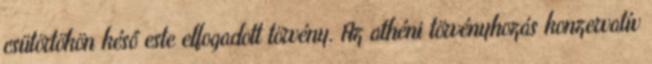
csütörtökön késő este elfogadott törvény. Az athéni törvényhozás konzervatív